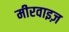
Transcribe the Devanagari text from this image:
मीरवाइज़